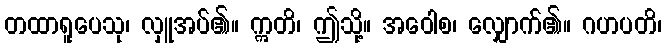
တထာရူပေသု၊ လှူအပ်၏။ ဣတိ၊ ဤသို့။ အဝေါစ၊ လျှောက်၏။ ဂဟပတိ၊